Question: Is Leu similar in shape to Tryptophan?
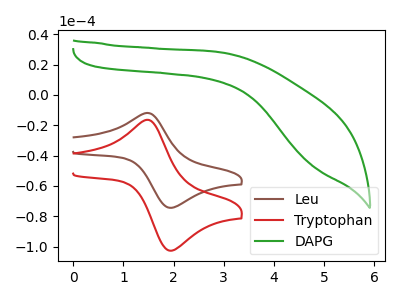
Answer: <think>The brown curve "Leu" has an anodic peak at (1.50V, -11.90uA) and a cathodic peak at (1.90V, -74.25uA). The red curve "Tryptophan" has an anodic peak at (1.50V, -16.45uA) and a cathodic peak at (1.90V, -102.45uA). The green curve "DAPG" has no peaks.
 All the peaks in "Leu" have a peak in "Tryptophan" at the same potential.</think>
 <answer>"Leu" and "Tryptophan" are similar in shape.</answer>
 <eval>same_shape</eval>